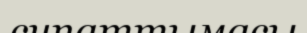
сипаттымасы